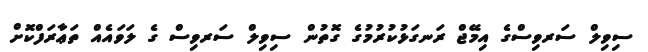
ސިވިލް ސަރވިސްގެ އިމޭޖް ރަނގަޅުކުރުމުގެ ގޮތުން ސިވިލް ސަރވިސް ގެ ލަވައެއް ތަޢާރަފްކޮށް